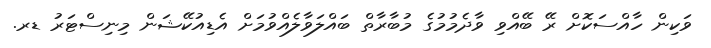
ވަކިން ހާއްސަކޮށް ރޭ ބޭއްވި ވާދެމުމުގެ މުބާރާތް ބައްލަވާލެއްވުމަށް އެޑިއުކޭޝަން މިނިސްޓަރު ޑރ.